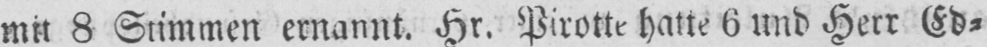
mit 8 Stimmen ernannt. Hr. Pirotte halte 6 und Herr Ed⸗